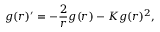
g ( r ) ^ { \prime } = - \frac { 2 } { r } g ( r ) - K g ( r ) ^ { 2 } ,